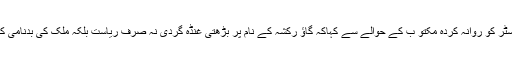
انہوں نے چیف منسٹر کو روانہ کردہ مکتو ب کے حوالے سے کہاکہ گاؤ رکشہ کے نام پر بڑھتی غنڈہ گردی نہ صرف ریاست بلکہ ملک کی بدنامی کا سبب بن رہا ہے۔